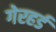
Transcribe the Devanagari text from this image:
गेरहर्ड